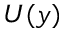
U ( y )